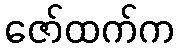
ဇော်ထက်က